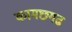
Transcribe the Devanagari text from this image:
कामछगढ